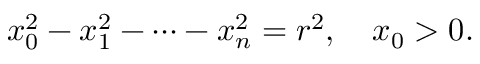
x _ { 0 } ^ { 2 } - x _ { 1 } ^ { 2 } - \cdots - x _ { n } ^ { 2 } = r ^ { 2 } , \quad x _ { 0 } > 0 .